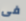
فى